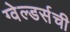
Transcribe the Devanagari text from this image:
ग्वेल्डर्सची